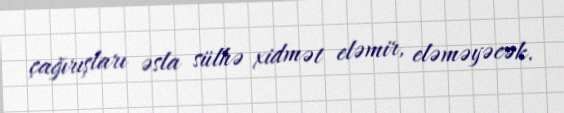
çağırışları əsla sülhə xidmət eləmir, eləməyəcək.